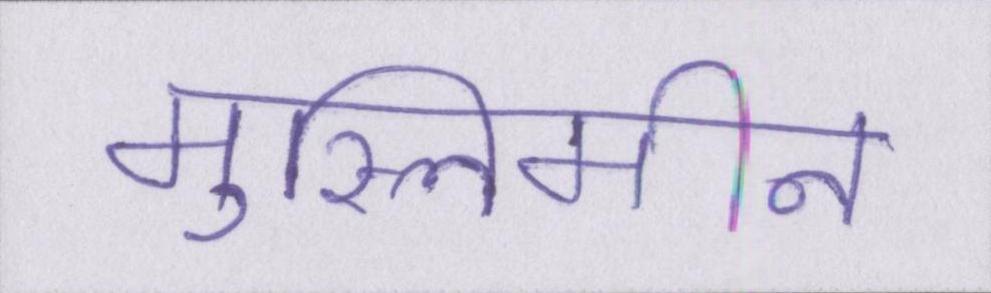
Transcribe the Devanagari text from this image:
मुस्लिमीन